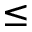
\leq